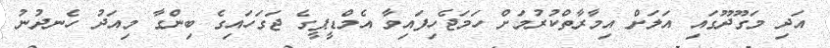
އަދި މަގޫދޫގައި އަލަށް އިމާރާތްކުރުމަށް ހަމަޖެހިފައިވާ އެމްޑީޕީގެ ޖަގަހައިގެ ބިންގާ މިއަދު ހެނދުނު